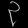
Digit: ၃